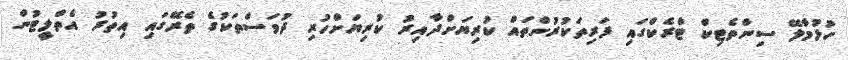
ހުޅުމާލޭ ސިންތެޓިކް ޓްރެކްގައި ފަރިތަކުރުންތައް ކުރިޔަށްދާއިރު ކުރިޔަށްހުރި ދުވަސްތަކުގެ ތެރޭގައި އިތުރު އެތްލީޓުން